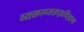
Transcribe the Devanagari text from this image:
व्यक्ताव्यक्तज्ञविज्ञान